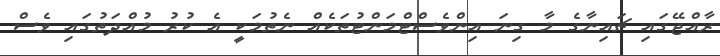
ރާއްޖޭގައި ޗައިނާގެ މާ ގިނަ އިންވެސްޓްމަންޓުތަކެއް ނެތުމަކީ އެ ކުރު މުއްދަތުގައި ވެސް